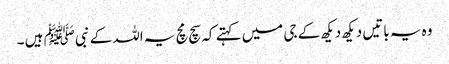
وہ یہ باتیں دیکھ دیکھ کے جی میں کہتے کہ سچ مچ یہ اللہ کے نبی ﷺ ہیں ۔